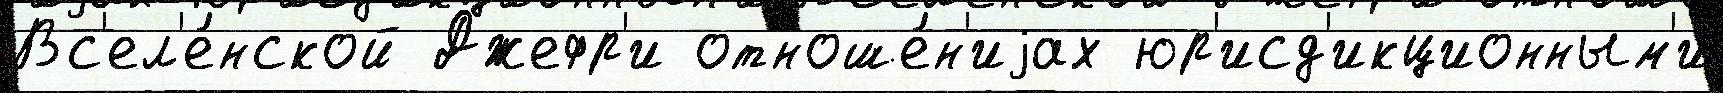
Вс'ел'е́нской Джефр'и отноше́н'иjах юр'исд'икционным'и